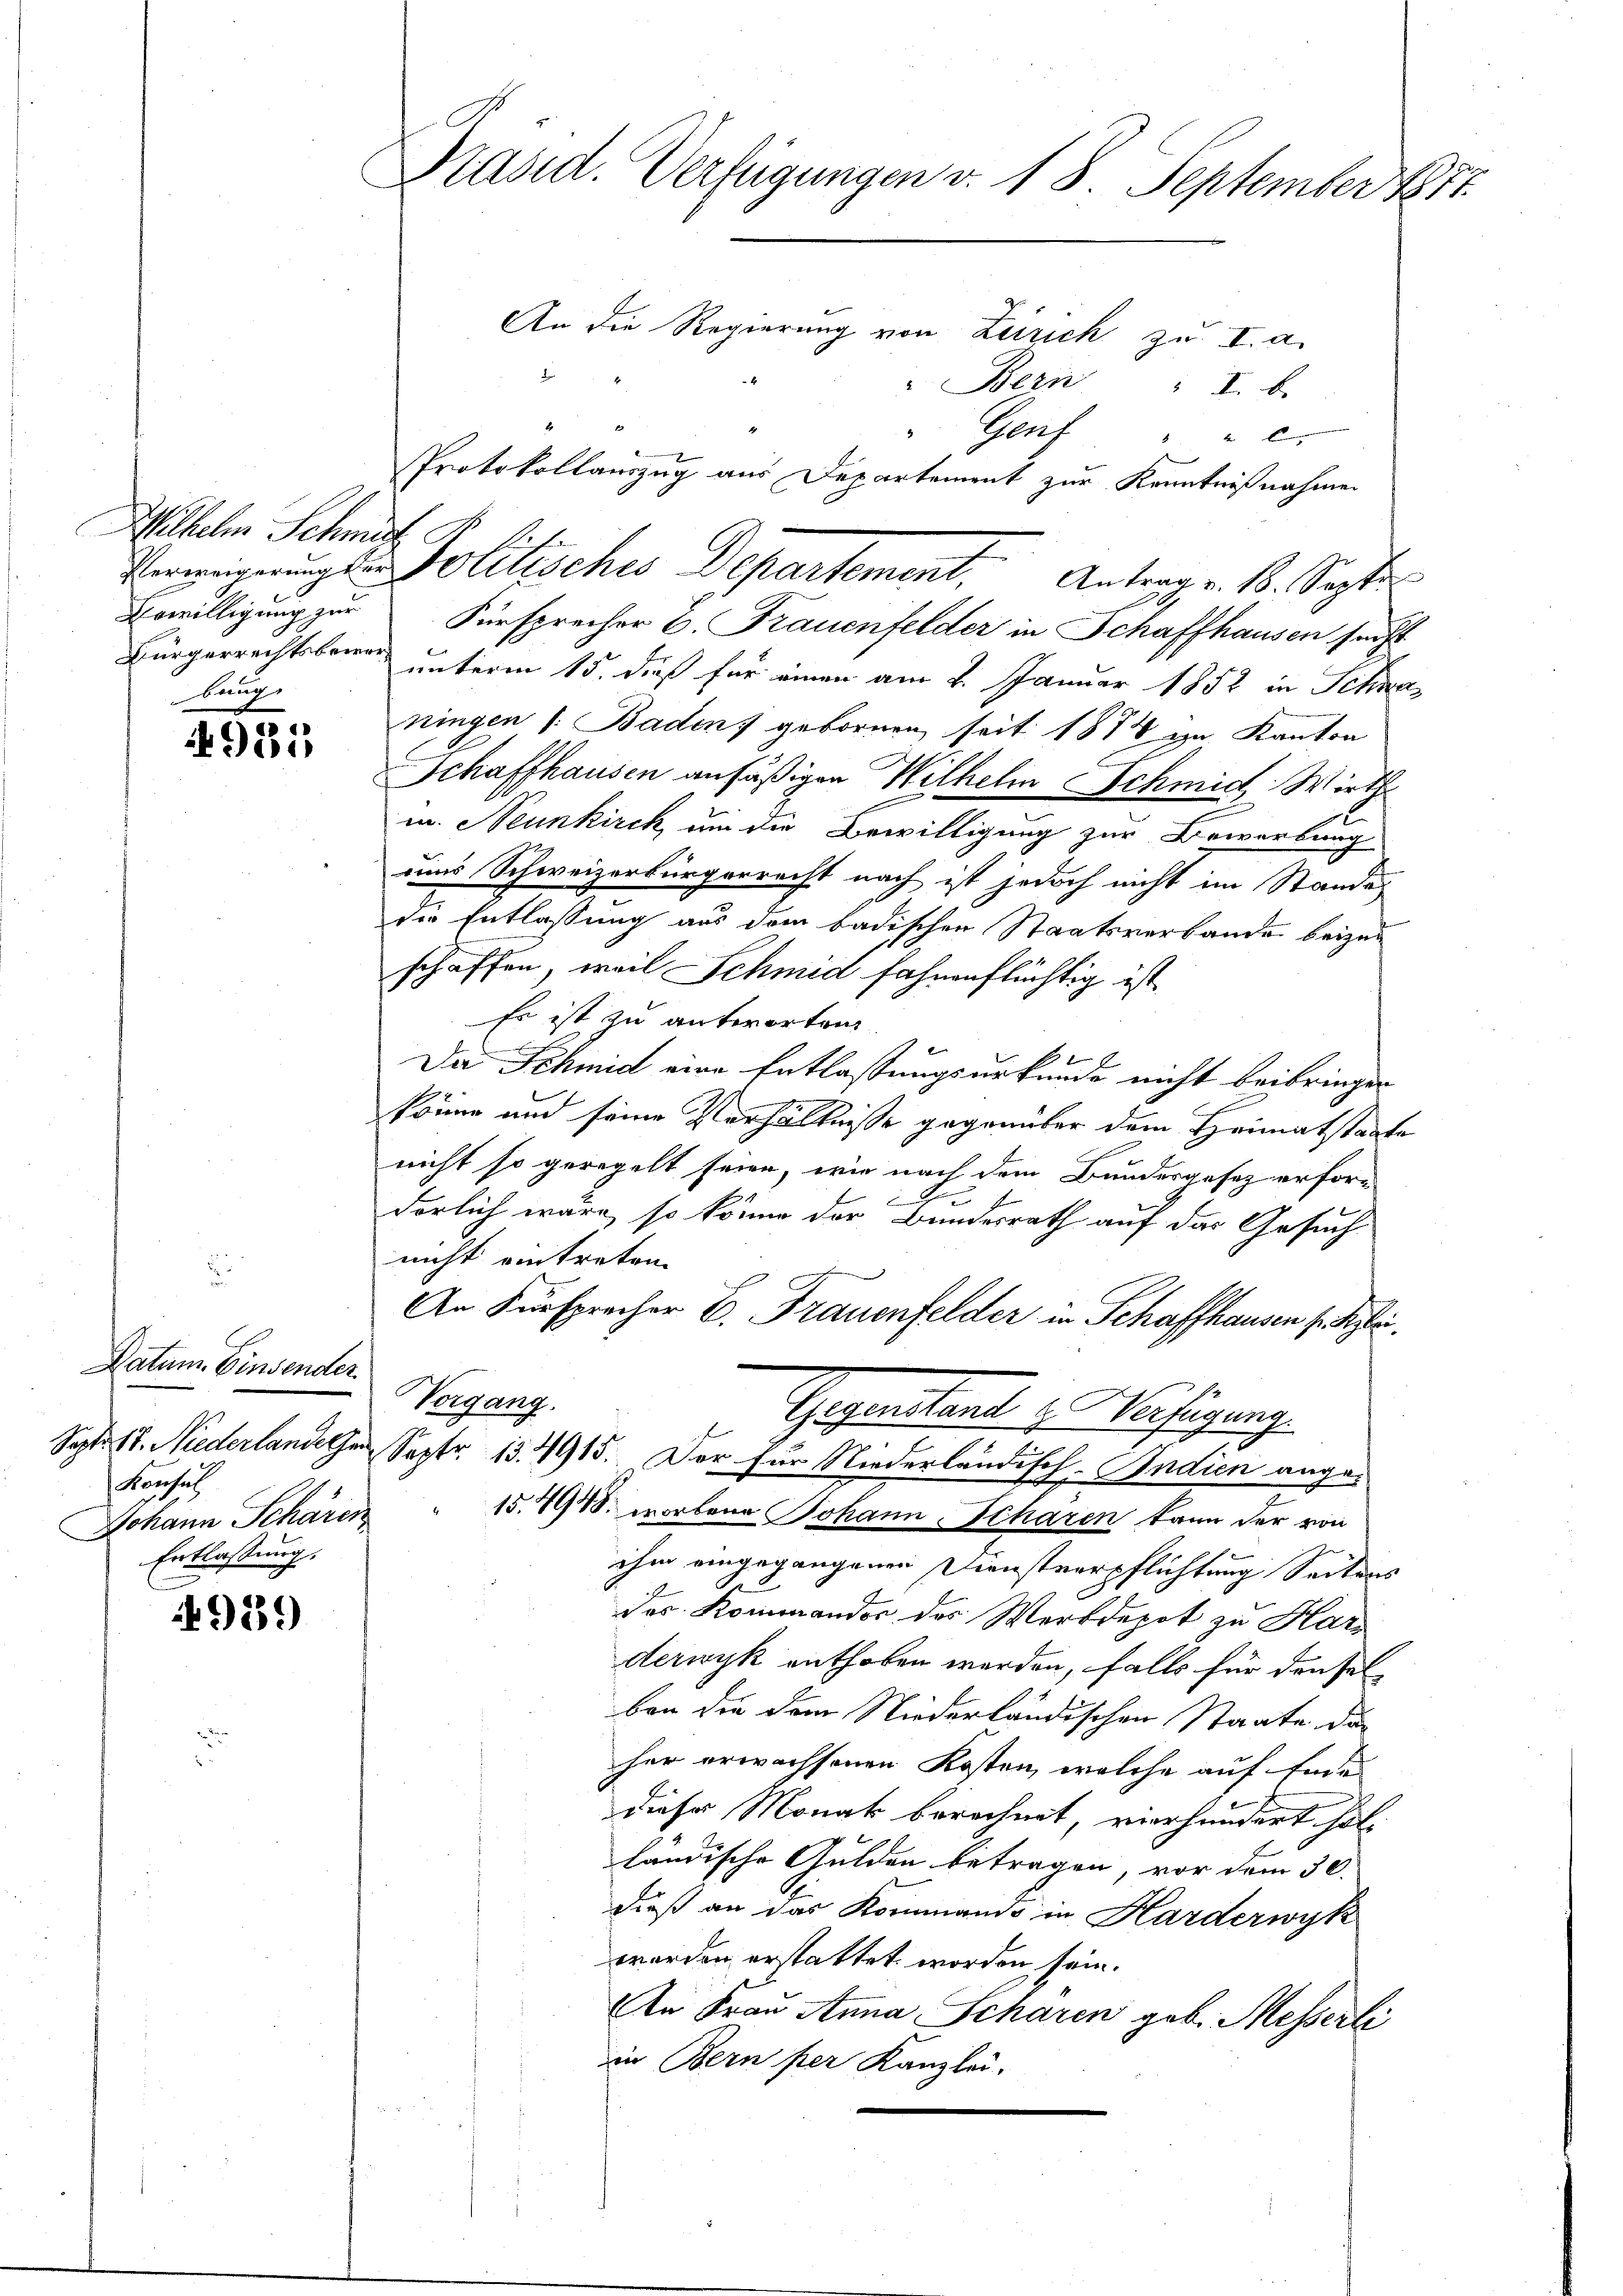
Wilhelm Schmut

981

Datum. Einsender
Konsul
Johann Schären
Entlassung.

929

Präsid. Verfügungen v. 18. September 1877.
An die Regierung von Zürich zu I. a.
D
4
" Bern " I. b.
4
" Genf " " 2
Protokollauszug aus Departement zur Kenntnißnahmen

Bewilligung zur Fürsprecher C. Frauenfelder in Schaffhausen secht
Bürgerrechtsberg unterm 15. dieß für einen am 2. Januar 1852 in Schwa
ningen 1. Baden, gebornen, seit 1878 in Kanton
Schaffhausen ansäßigen Wilhelm Schmidt Wirth
u. Neunkirck, um die Bewilligung zur Bewerbung
uund Schweizerbürgerrecht nach ist jedoch nicht im Standes
die Entlassung aus dem badischen Staatsverbande beizuschaffen, weil Schmid fahrenflüchtig ist.
Es ist zu antworten.
Da Schmid eine Entlassungsurkunde nicht beibringen
könne und seine Verhältnisse gegenüber dem Heimatstaate
nicht so geregelt seien, wie nach dem Bundergesez erfordörlich wäre, so könne der Bundesrath auf das Gesuch
nicht eintreten.
An Fürsprecher E. Frauenfelder in Schaffhausen setzli¬
Vorgang.
Gegenstant u. Verfügung
Sept. 18. Niederlandele Sept. 134915. Der für Niederländisch-Indien ange¬
15.4988. worbene Johann Scharen kann der von
ihm eingegangenen Dienstverpflichtung Seitens
des Kommandor des Werkdepot zu Har
derwyk enthoben werden, falls für denselben die dem Niederländischen Staate das
her erwachsenen Kosten, welche auf Ende
dieser Monat berechnet, vierhundert halländische Gulden betragen, vor dem 30.
dieß an das Kommando in Harderwyk
worden erstattet worden sein.
An Frau Anna Scharen geb. Messerli
in Bern per Kanzlei-

Verweignungs-Politisches Departement. Antrage. 1. Septer